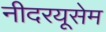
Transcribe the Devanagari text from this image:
नीदरयूसेम